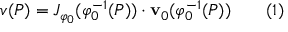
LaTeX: v ( P ) = J _ { \varphi _ { 0 } } ( \varphi _ { 0 } ^ { - 1 } ( P ) ) \cdot { \mathbf { v } } _ { 0 } ( \varphi _ { 0 } ^ { - 1 } ( P ) ) \qquad ( 1 )